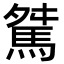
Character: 𩣏